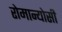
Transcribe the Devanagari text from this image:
रोमान्योसी